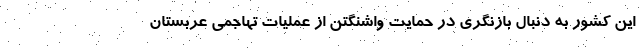
این کشور به دنبال بازنگری در حمایت واشنگتن از عملیات تهاجمی عربستان